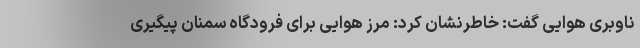
ناوبری هوایی گفت: خاطرنشان کرد: مرز هوایی برای فرودگاه سمنان پیگیری